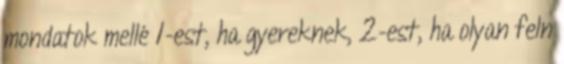
mondatok mellé 1-est, ha gyereknek, 2-est, ha olyan feln